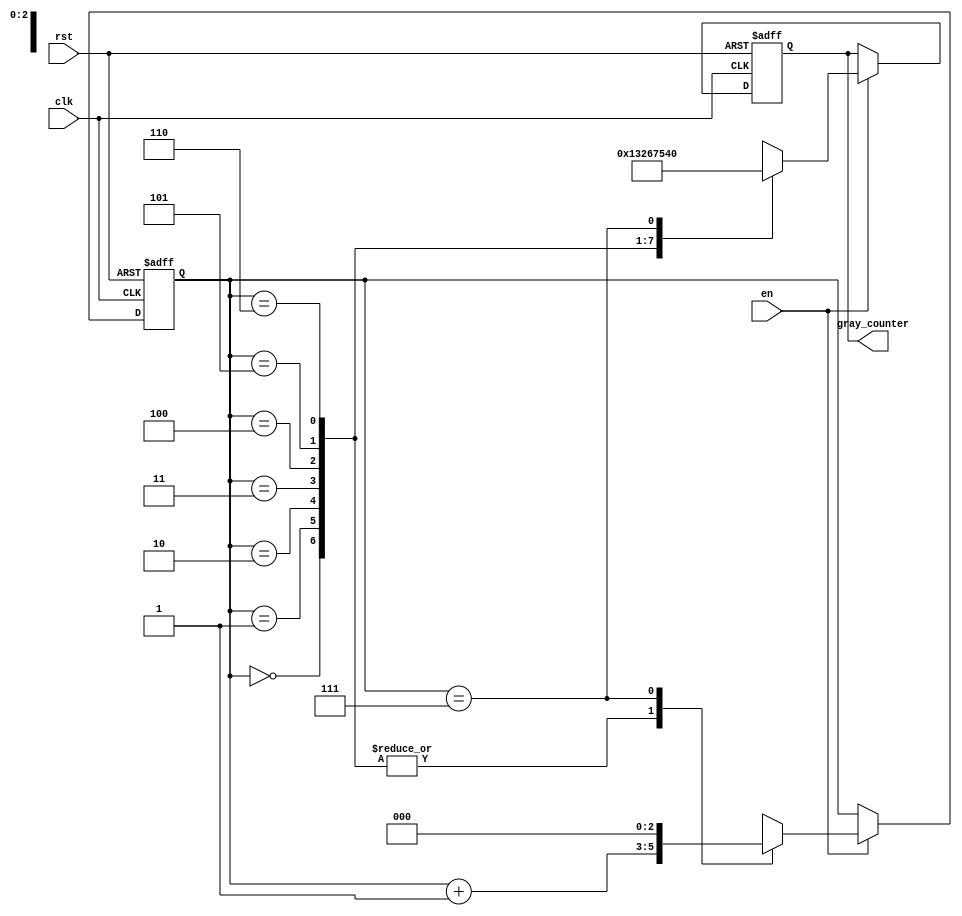
module gray_counter_clock_divider (
    input wire clk,
    input wire rst,
    input wire en,
    output reg [3:0] gray_counter
);

reg [2:0] count;

always @(posedge clk or posedge rst) begin
    if (rst) begin
        count <= 0;
        gray_counter <= 0;
    end else if (en) begin
        case (count)
            3'b000: begin
                count <= count + 1;
                gray_counter <= 4'b0001;
            end
            3'b001: begin
                count <= count + 1;
                gray_counter <= 4'b0011;
            end
            3'b010: begin
                count <= count + 1;
                gray_counter <= 4'b0010;
            end
            3'b011: begin
                count <= count + 1;
                gray_counter <= 4'b0110;
            end
            3'b100: begin
                count <= count + 1;
                gray_counter <= 4'b0111;
            end
            3'b101: begin
                count <= count + 1;
                gray_counter <= 4'b0101;
            end
            3'b110: begin
                count <= count + 1;
                gray_counter <= 4'b0100;
            end
            3'b111: begin
                count <= 0;
                gray_counter <= 4'b0000;
            end
            default: begin
                count <= 0;
                gray_counter <= 4'b0000;
            end
        endcase
    end
end

endmodule